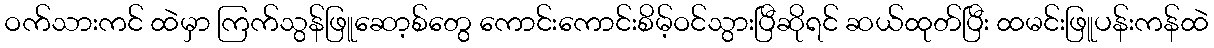
ဝက်သားကင် ထဲမှာ ကြက်သွန်ဖြူဆော့စ်တွေ ကောင်းကောင်းစိမ့်ဝင်သွားပြီဆိုရင် ဆယ်ထုတ်ပြီး ထမင်းဖြူပန်းကန်ထဲ